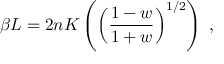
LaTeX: \beta L = 2 n K \left( \left( \frac { 1 - w } { 1 + w } \right) ^ { 1 / 2 } \right) \; ,